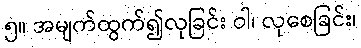
၅။ အမျက်ထွက်၍လုခြင်း ဝါ၊ လုစေခြင်း၊